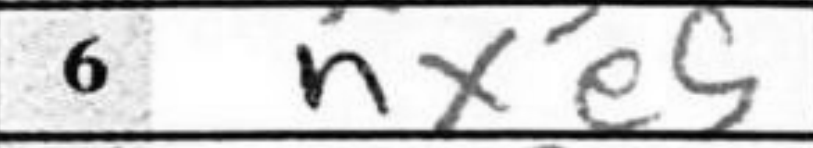
Transcription: Nxe5